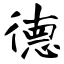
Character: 德